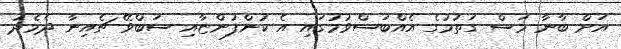
އަށް ބާނާ މަސް ގަތުމުގެ އެއްބަސްވުމުގައި އެ ކުންފުންޏާއި ސަބްވޭ ޗެއިނާ ދެމެދު